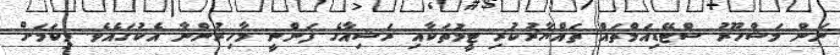
ނަން މަޝްހޫރު ސްޓޭޑިއަމްތައް ތައްޔާރުކުރި ޓީމުތަކާއި ރަޝިއާގެ ފަންނީ މާހިރުންނާ އެކުގައެވެ. މިކަމަށް